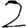
Digit: 2